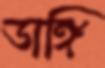
ডাঙ্গি